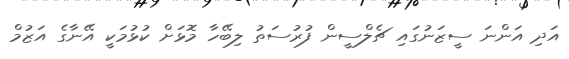
އަދި އަންނަ ސީޒަނުގައި ޗެލްސީން ފުރުސަތު ލިބޭހާ މޮޅަށް ކުޅުމަކީ އޭނާގެ އަޒުމް